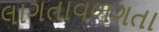
લાગતાવળગતા